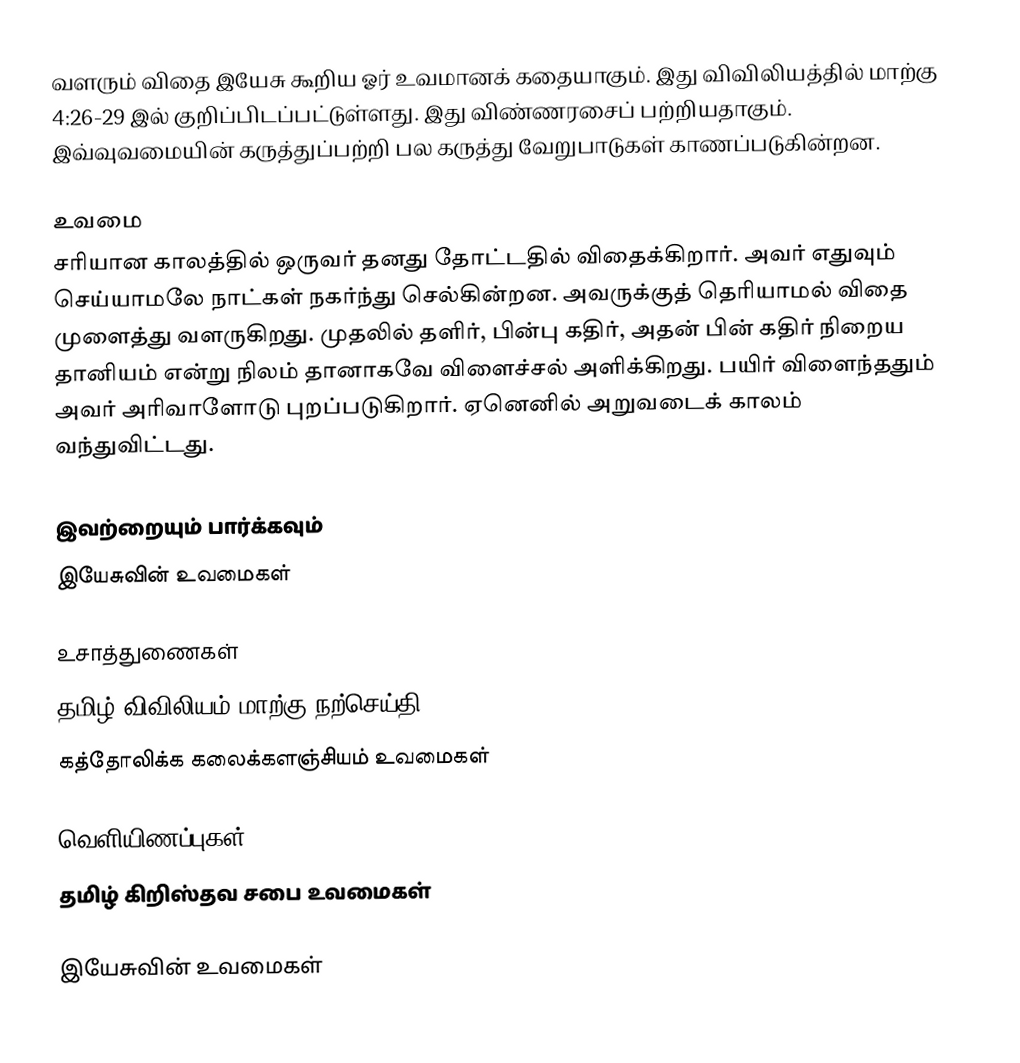
வளரும் விதை இயேசு கூறிய ஓர் உவமானக் கதையாகும். இது விவிலியத்தில் மாற்கு 4:26-29 இல் குறிப்பிடப்பட்டுள்ளது. இது விண்ணரசைப் பற்றியதாகும். இவ்வுவமையின் கருத்துப்பற்றி பல கருத்து வேறுபாடுகள் காணப்படுகின்றன.

உவமை
சரியான காலத்தில் ஒருவர் தனது தோட்டதில் விதைக்கிறார். அவர் எதுவும் செய்யாமலே நாட்கள் நகர்ந்து செல்கின்றன. அவருக்குத் தெரியாமல் விதை முளைத்து வளருகிறது. முதலில் தளிர், பின்பு கதிர், அதன் பின் கதிர் நிறைய தானியம் என்று நிலம் தானாகவே விளைச்சல் அளிக்கிறது. பயிர் விளைந்ததும் அவர் அரிவாளோடு புறப்படுகிறார். ஏனெனில் அறுவடைக் காலம் வந்துவிட்டது.

இவற்றையும் பார்க்கவும்
 இயேசுவின் உவமைகள்

உசாத்துணைகள்
 தமிழ் விவிலியம் மாற்கு நற்செய்தி
 கத்தோலிக்க கலைக்களஞ்சியம் உவமைகள்

வெளியிணப்புகள்
 தமிழ் கிறிஸ்தவ சபை  உவமைகள்

இயேசுவின் உவமைகள்